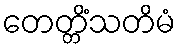
တေတ္တိံသတိမံ